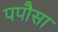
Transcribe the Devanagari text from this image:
पपौसा